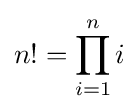
n!=\prod _{i=1}^{n}i